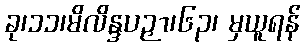
ခု၊၁၁၊မိလိန္ဒပဉှာ၊၆၃၊ မှယူရန်